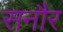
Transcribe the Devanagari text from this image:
सनौर